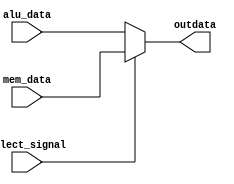
module alu_mem_mux(	alu_data,
							mem_data,
							select_signal,
							outdata
							);
							
input wire[63:0] alu_data;
input wire[63:0] mem_data;
input wire select_signal;

output wire[63:0] outdata;

assign outdata = (select_signal)? mem_data : alu_data;
endmodule